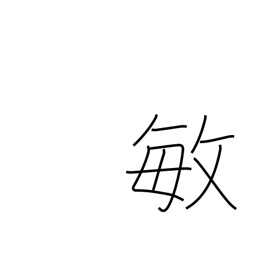
Meaning: alert